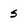
Character: S